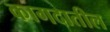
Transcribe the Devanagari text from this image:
कागदातील